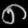
Digit: ၈